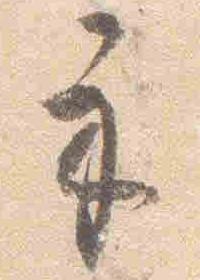
示